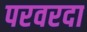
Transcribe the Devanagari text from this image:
परवरदा